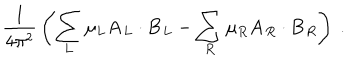
{ \frac { 1 } { 4 \pi ^ { 2 } } } \left( \sum _ { L } \mu _ { L } { \bf A } _ { L } \cdot { \bf B } _ { L } - \sum _ { R } \mu _ { R } { \bf A } _ { R } \cdot { \bf B } _ { R } \right) ~ .